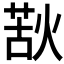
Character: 𭵌